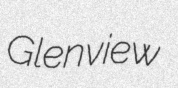
Glenview